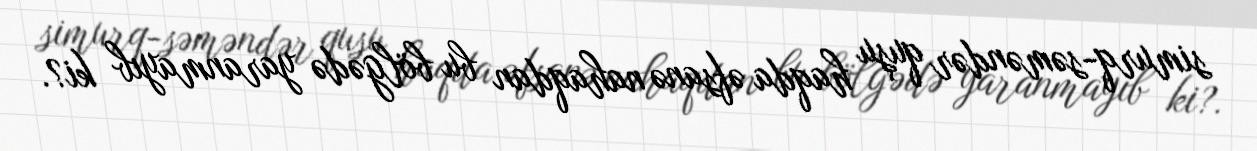
simurq-səməndər quşu haqda əfsanə nahaqdan bu bölgədə yaranmayıb ki?.